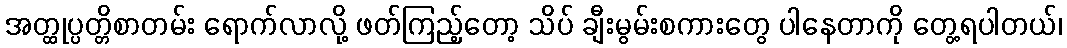
အတ္ထုပ္ပတ္တိစာတမ်း ရောက်လာလို့ ဖတ်ကြည့်တော့ သိပ် ချီးမွမ်းစကားတွေ ပါနေတာကို တွေ့ရပါတယ်၊